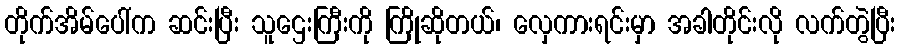
တိုက်အိမ်ပေါ်က ဆင်းပြီး သူဌေးကြီးကို ကြိုဆိုတယ်၊ လှေကားရင်းမှာ အခါတိုင်းလို လက်တွဲပြီး